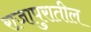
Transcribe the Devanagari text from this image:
राजापुरातील